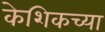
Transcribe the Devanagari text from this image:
केशिकच्या